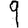
Digit: 9